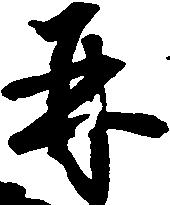
并